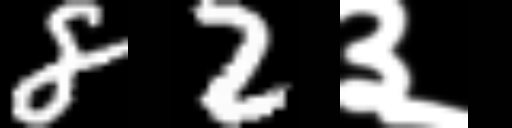
Text: 82३